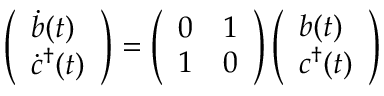
\left( \begin{array} { l } { { \dot { b } ( t ) } } \\ { { \dot { c } ^ { \dagger } ( t ) } } \end{array} \right) = \left( \begin{array} { l l } { { 0 } } & { { 1 } } \\ { { 1 } } & { { 0 } } \end{array} \right) \left( \begin{array} { l } { { b ( t ) } } \\ { { c ^ { \dagger } ( t ) } } \end{array} \right)